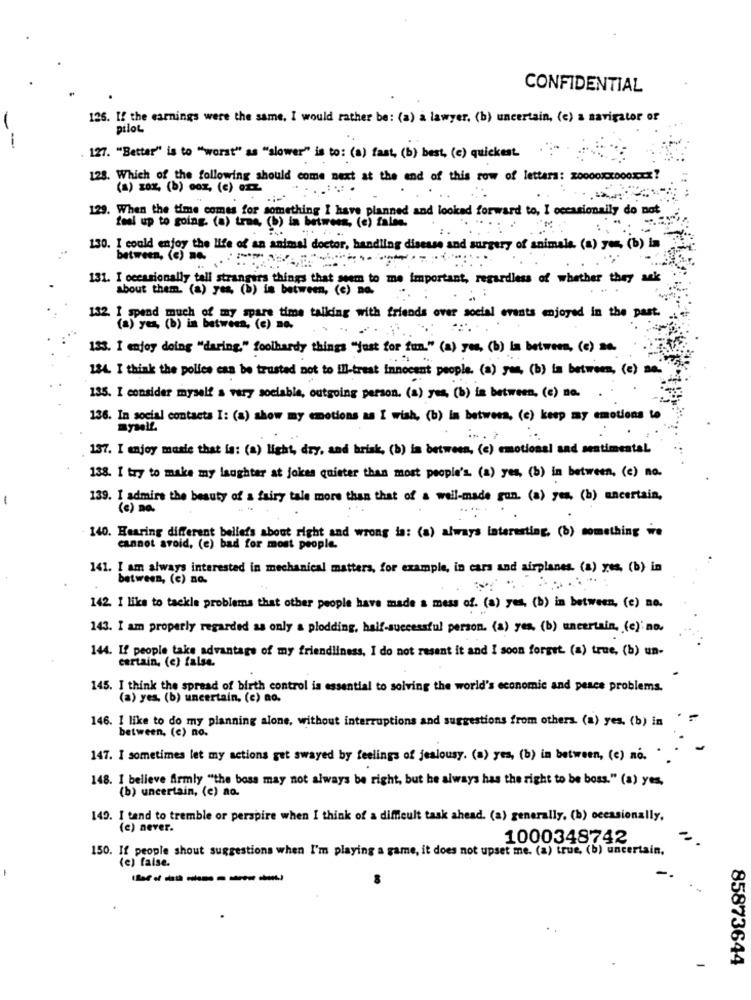
CONFIDENTIAL
126. If the earnings were the same. I would rather be: (a) a lawyer. (b) uncertain, (e) a navigator or
pilot
--
127. "Better" is to "worst" as "slower" is to: (a) fast, (b) best, (c) quickest.
128. Which of the following should come next at the end of this row of letters: 20000xx000xxx?
(a) 10% (b) az, (c) en
129. When the time comes for something I have planned and looked forward to, I occasionally do not
fool up to going. (a) tras, (b) in between, (e) fales.
130. I could enjoy the life of an animal doctor, handling disease and surgery of animals. (a) yes, (b) in
between, (c) no
131. I occasionally tall strangers things that seem to me important, regardless of whether they ask
about them. (a) yes, (b) in between, (e) na.
132. I spend much of my spare time talking with friends over social events enjoyed in the past.
(a) yes, (b) in between, (c) no.
133. I enjoy doing "daring." foolhardy things "just for fun." (a) yes, (b) in between, (c) 20.
134. I think the police can be trusted not to ill-trest innocent people. (a) yes, (b) in between, (e) a.
135. I consider myself a very sociable, outgoing person. (s) yes, (b) is between, (c) no.
136. In social contacts I: (s) show my emotions as I wish, (b) in between, (e) keep my emotions to
157. I enjoy mosle that is: (a) light, dry, and hrisk, (b) in between, (c) emotional and sentimental
138. I try to make my laughter at jokes quieter than most people's. (a) yes, (b) in between, (e) no.
-
139. I admire the beauty of a fairy tale more than that of a well-made rum. (a) yes, (b) uncertain,
(e) na.
140. Hearing different beliefs about right and wrong is: (a) always interesting. (b) something we
cannot avoid, (e) bad for most people.
141. I am always interested in mechanical matters, for example, in cars and airplanes. (a) yes, (b) in
between, (c) na.
142. I like to tackle problems that other people have made a mess of. (a) yes, (b) in between, (e) no.
143. I am properly regarded as only a plodding, half-successful person. (a) yes. (b) uncertain, (e) : no.
144. If people take advantage of my friendliness, I do not resent it and I soon forget. (a) true, (b) un-
certain, (e) false.
145. I think the spread of birth control is essential to solving the world's economic and pesce problems.
(a) yes. (b) uncertain, (c) no.
146. 1 like to do my planning alone, without interruptions and suggestions from others. (a) yes. (b) in
between, (e) no.
147. I sometimes let my actions get swayed by feelings of jealousy. (a) yes, (b) in between, (e) no. ..
148. I believe firmly "the boss may not always be right, but he always has the right to be boss." (a) yes,
(b) uncertain, (e) no.
149. I tand to tremble or perspire when I think of a difficult task ahead. (a) generally, (b) occasionally,
(c) never.
1000348742
150. If people shout suggestions when I'm playing a game, it does not upset me. (a) true, (b) uncertain.
(c) false.
-------
85873644